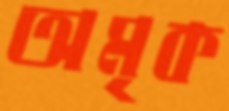
অমৃক